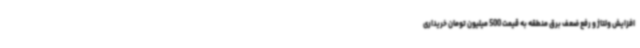
افزایش ولتاژ و رفع ضعف برق منطقه به قیمت 500 میلیون تومان خریداری